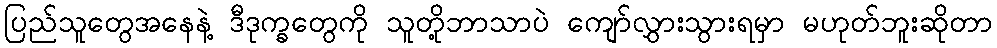
ပြည်သူတွေအနေနဲ့ ဒီဒုက္ခတွေကို သူတို့ဘာသာပဲ ကျော်လွှားသွားရမှာ မဟုတ်ဘူးဆိုတာ